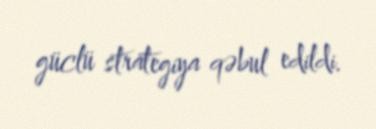
güclü strategiya qəbul edildi.